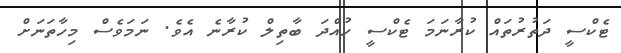
ޓެކްސީ ދަތުރުތައް ކުރާނަމަ ޓެކްސީ ހުއްދަ ބާތިލް ކުރާނެ އެވެ. ނަމަވެސް މިހާތަނަށް